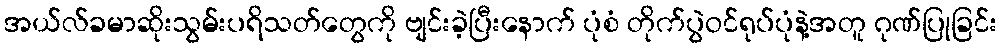
အယ်လ်ခမာဆိုးသွမ်းပရိသတ်တွေကို ဗျင်းခဲ့ပြီးနောက် ပုံစံ တိုက်ပွဲဝင်ရုပ်ပုံနဲ့အတူ ဂုဏ်ပြုခြင်း